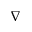
\nabla